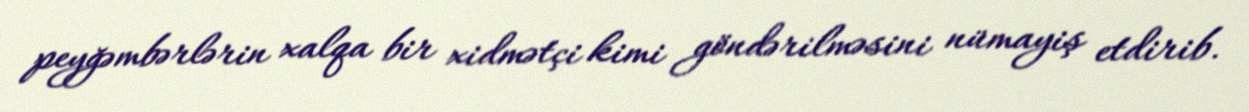
peyğəmbərlərin xalqa bir xidmətçi kimi göndərilməsini nümayiş etdirib.